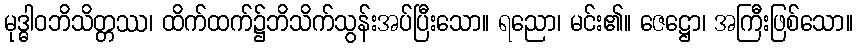
မုဒ္ဓါဝဘိသိတ္တဿ၊ ထိက်ထက်၌ဘိသိက်သွန်းအပ်ပြီးသော။ ရညော၊ မင်း၏။ ဇေဋ္ဌော၊ အကြီးဖြစ်သော။